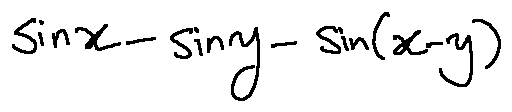
\sin x - \sin y - \sin ( x - y )